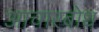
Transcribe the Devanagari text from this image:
आचारबोध